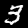
Digit: 3